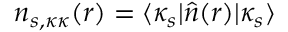
n _ { s , \kappa \kappa } ( \boldsymbol { r } ) = \langle \kappa _ { s } | \hat { n } ( \boldsymbol { r } ) | \kappa _ { s } \rangle